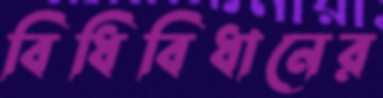
বিধিবিধানের